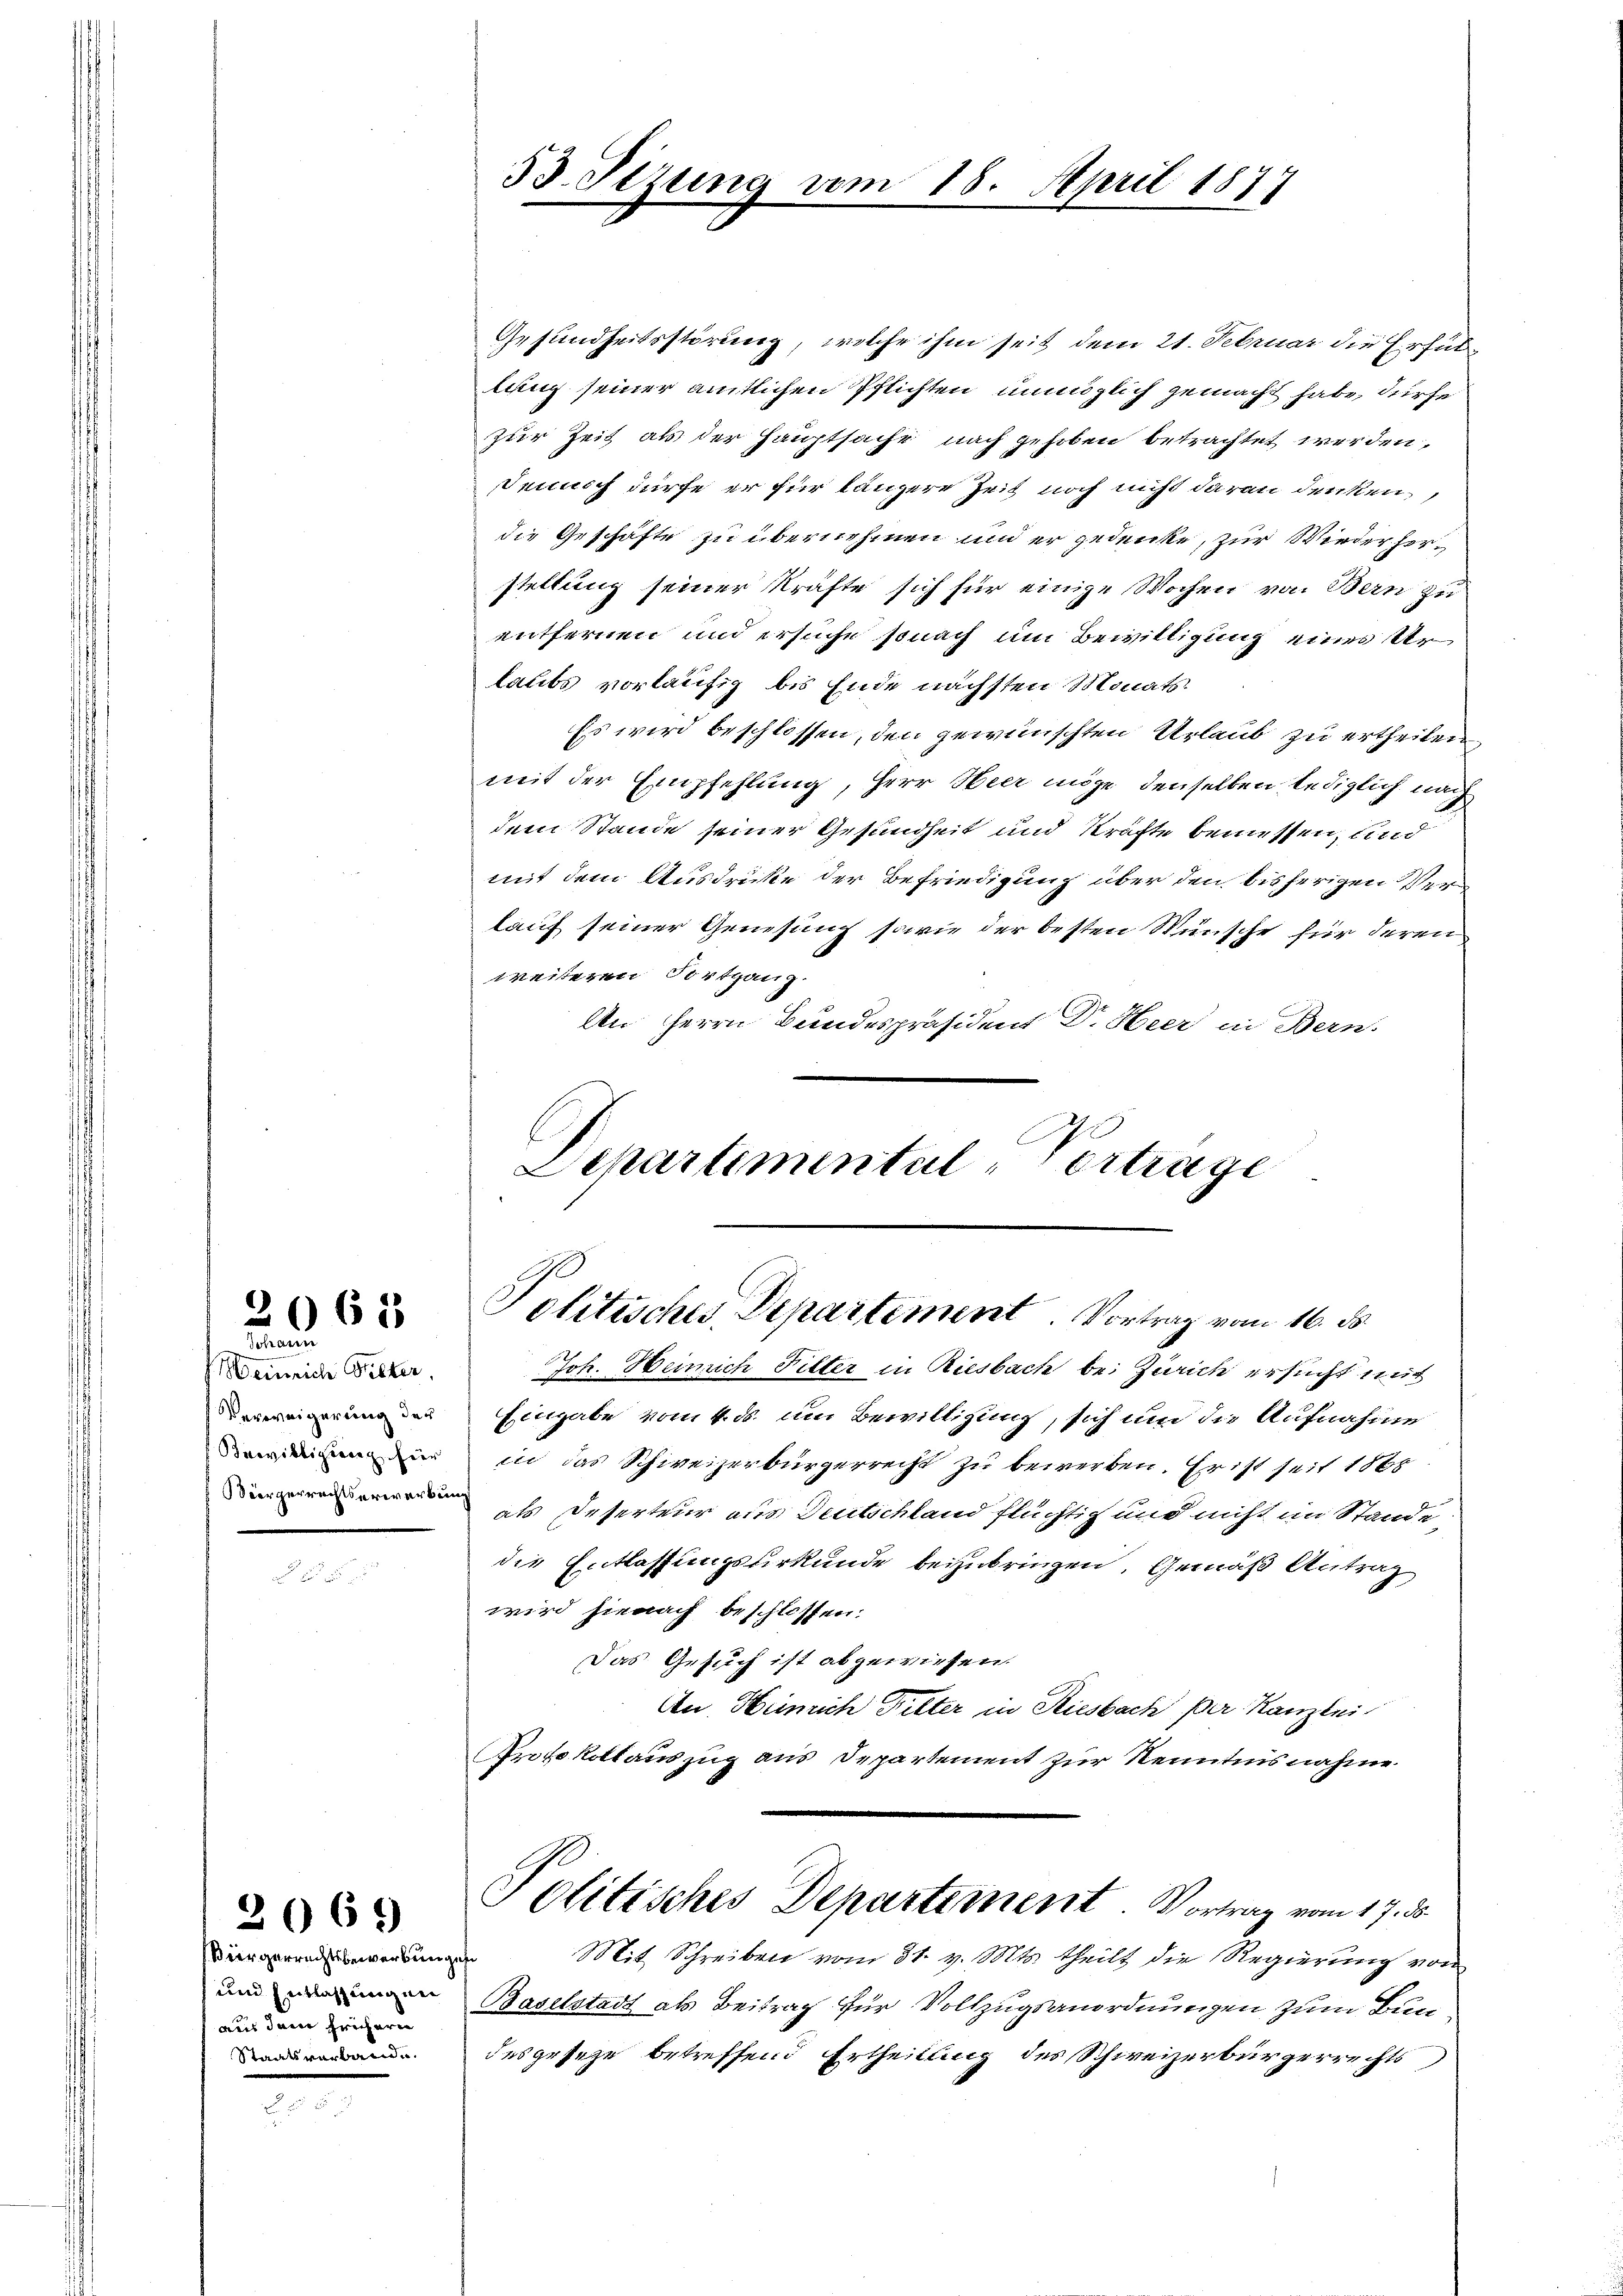
2065

Tetragere
einrich Pitter,

Gesundheitsstörung, welche ihm seit dem 21. Februar die Erfüllang seiner amtlichen Pflichten unmöglich gemacht habe, dürfe
zur Zeit als der Hauptsache nach gehoben betrachtet werden,
Demich dürfe er für längere Zeit noch nicht daran denken,
die Geschäfte zu übernehmen und er gedenke, zur Wieder herstellung seiner Kräfte sich für einige Wochen von Bern zu
entfernen und ersuche sonach um Bewilligung eines Ur
laubs vorläufig bis Ende nächsten Monats¬
Es wird beschlossen, den gewünschten Urlaub zu ertheilen
mit der Empfehlung, Herr Heer möge denselben lediglich nach
dem Stande seiner Gesundheit und Kräfte bemessen, und
mit dem Ausdrücke der Befriedigung über den bisherigen Verkauf seiner Genesung sowie der besten Wünsche für deren
weiteren Fortgang.
An Herrn Bundespräsident Dr. Heer in Bern.

Joh. Heinrich Filter in Riesbach bei Zürich ersucht mit
de Eingabe vom 4. ds. um Bewilligung, sich und die Aufnahme
n in das Schweizerbürgerrecht zu bewerben. Er ist seit 1865
 Deserteur aus Deutschland flüchtig und nicht im Stande,
 die Entlassungsurkunde beizubringen, Gemäß Antrag
wird hienach beschlossen.
Das Gesuch ist abgewiesen.
An Heinrich Pitter in Riesbach der Kanzlei
Protokollauszug aus Departement zur Kenntnisnahme.
Politisches Departement Vortrag vom 17. d.
Biergerrechtsbewerbungen
Mit Schreiben vom 31. v. Mts. theilt die Regierung von
und Baselstadt als Beitrag für Vollzugsanordnungen zum Bunaus dem früheren
 desgeseze betreffend Ertheilung des Schweizerbürgerrechts

33. Stzung vom 18. April 1877

Departemental Vortrage
Politisches Departement. Vortrag vom 16. ds.